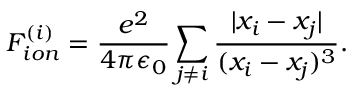
F _ { i o n } ^ { ( i ) } = \frac { e ^ { 2 } } { 4 \pi \epsilon _ { 0 } } \sum _ { j \neq i } ^ { } \frac { | x _ { i } - x _ { j } | } { ( x _ { i } - x _ { j } ) ^ { 3 } } .